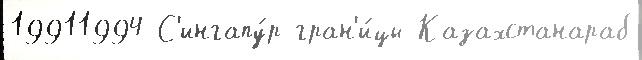
19911994 С'ингапу́р гран'и́цы Казахстанараб